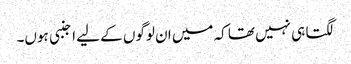
لگتا ہی نہیں تھا کہ میں ان لوگوں کے لیے اجنبی ہوں۔